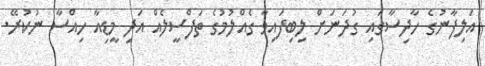
އަލިފާނުގެ ހާދިސާގައި ގުދަނަށް ލިބިފައިވާ ގެއްލުމުގެ ތަފްސީލެއް އަދި މީޑިއާ ހިއްސާ ނުކުރޭ.